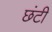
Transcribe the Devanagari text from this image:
छंटी